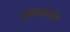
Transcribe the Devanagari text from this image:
कलामा